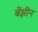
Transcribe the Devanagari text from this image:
बेंझीन